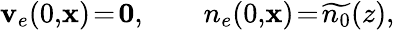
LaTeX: {\mathbf v}_{e}(0,\! {\mathbf x})\! =\! {\mathbf 0},\qquad n_{e}(0,\! {\mathbf x})\! =\! \widetilde{n_{0}}(z),